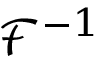
{ { \mathcal { F } } ^ { - 1 } }